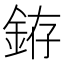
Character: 銌